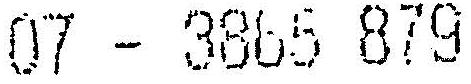
07 - 3865 879